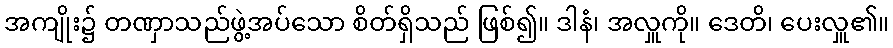
အကျိုး၌ တဏှာသည်ဖွဲ့အပ်သော စိတ်ရှိသည် ဖြစ်၍။ ဒါနံ၊ အလှူကို။ ဒေတိ၊ ပေးလှူ၏။